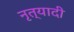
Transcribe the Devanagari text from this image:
नृत्यादी